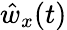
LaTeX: \hat{w}_{x}(t)